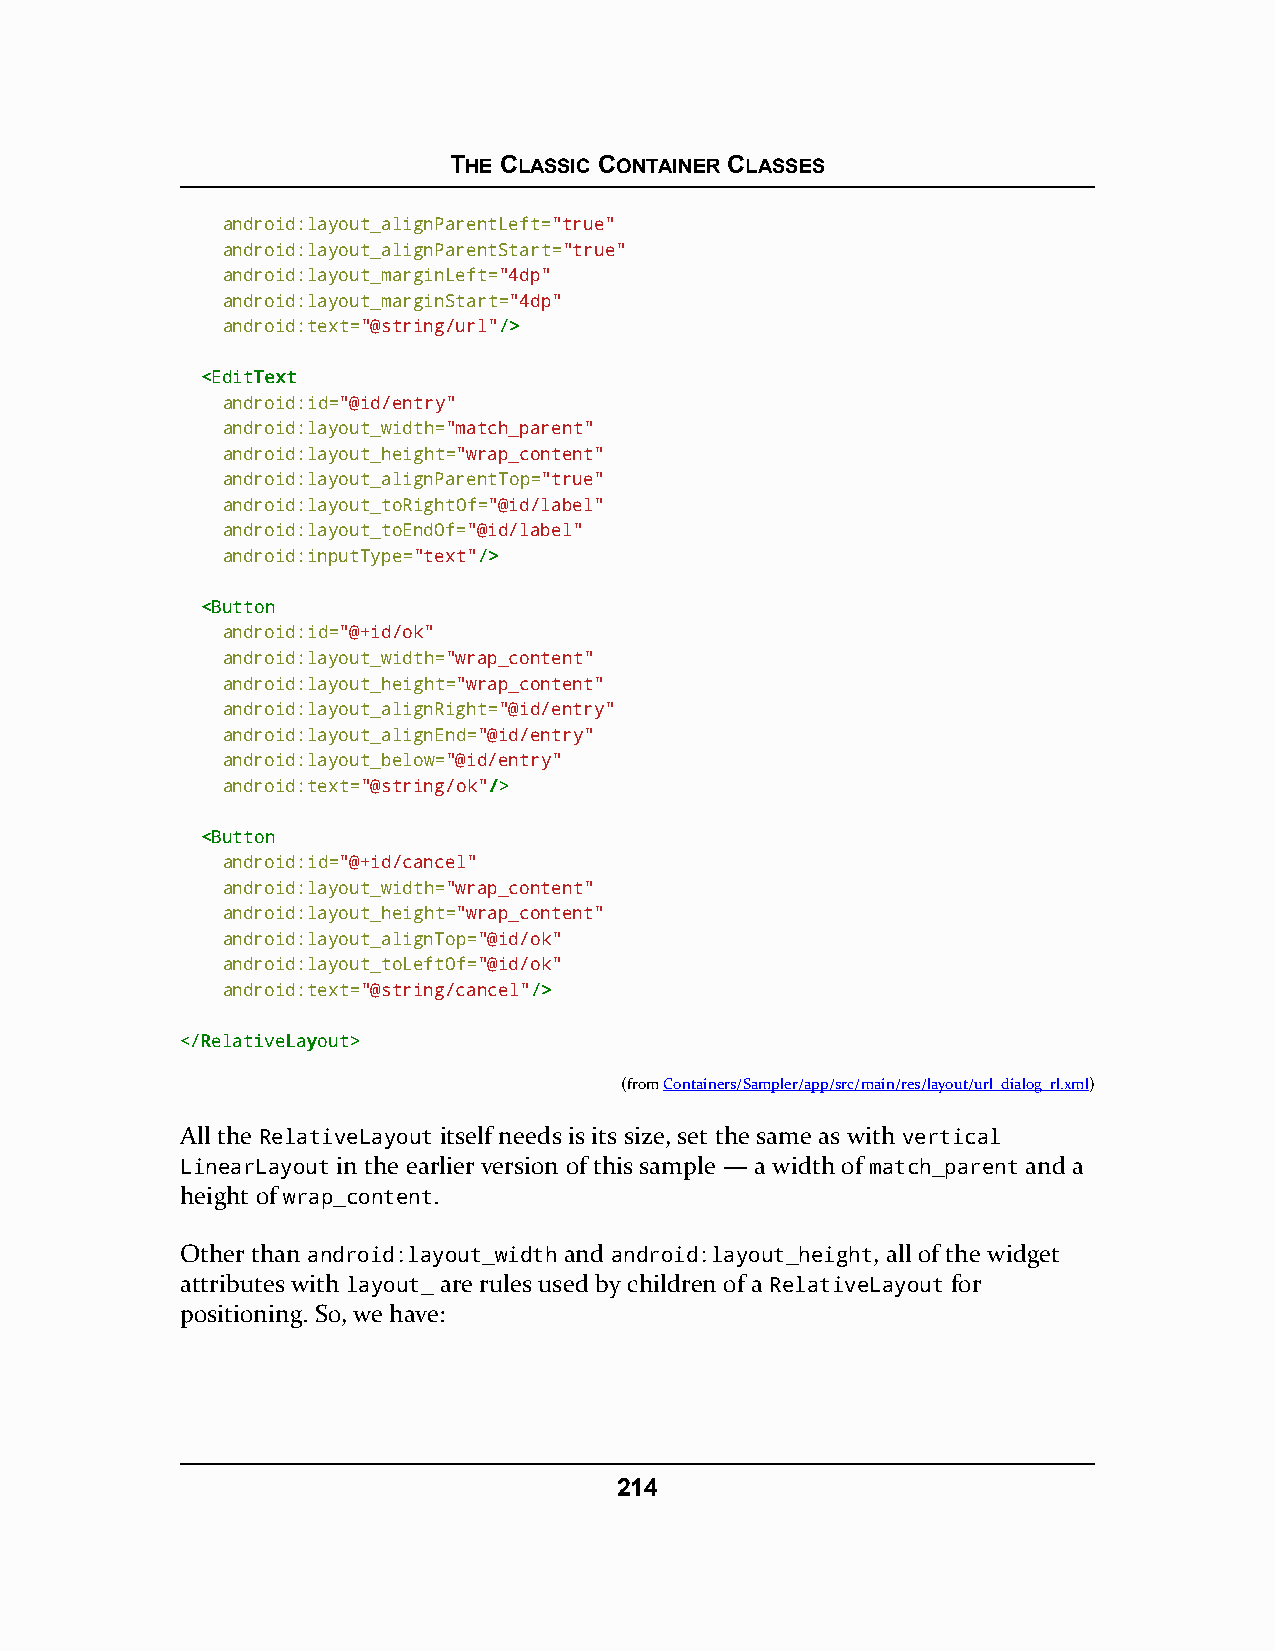
THE CLASSIC CONTAINER CLASSES
 android:layout_alignParentLeft="true"
 android:layout_alignParentStart="true"
 android:layout_marginLeft="4dp"
 android:layout_marginStart="4dp"
 android:text="@string/url"//>>
 <<EEddiittTTeexxtt
 android:id="@id/entry"
 android:layout_width="match_parent"
 android:layout_height="wrap_content"
 android:layout_alignParentTop="true"
 android:layout_toRightOf="@id/label"
 android:layout_toEndOf="@id/label"
 android:inputType="text"//>>
 <<BBuuttttoonn
 android:id="@+id/ok"
 android:layout_width="wrap_content"
 android:layout_height="wrap_content"
 android:layout_alignRight="@id/entry"
 android:layout_alignEnd="@id/entry"
 android:layout_below="@id/entry"
 android:text="@string/ok"//>>
 <<BBuuttttoonn
 android:id="@+id/cancel"
 android:layout_width="wrap_content"
 android:layout_height="wrap_content"
 android:layout_alignTop="@id/ok"
 android:layout_toLeftOf="@id/ok"
 android:text="@string/cancel"//>>
 <<//RReellaattiivveeLLaayyoouutt>>
 (fromContainers/Sampler/app/src/main/res/layout/url_dialog_rl.xml)
 All the RelativeLayout itself needs is its size, set the same as with vertical
 LinearLayout in the earlier version of this sample — a width of match_parent and a
 height of wrap_content.
 Other than android:layout_width and android:layout_height, all of the widget
 attributes with layout_ are rules used by children of a RelativeLayout for
 positioning. So, we have:
 214